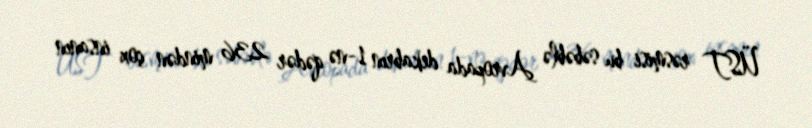
ÜST rəsmisi bu səbəblə Avropada dekabrın 1-nə qədər 236 mindən çox insanın